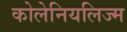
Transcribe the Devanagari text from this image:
कोलेनियलिज्म